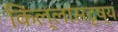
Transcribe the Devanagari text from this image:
किल्लासदृष्य